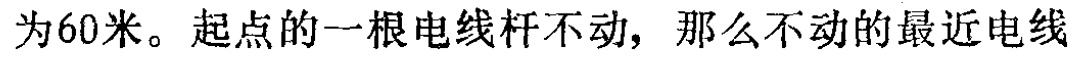
为60米。起点的一根电线杆不动，那么不动的最近电线